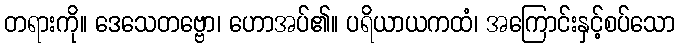
တရားကို။ ဒေသေတဗ္ဗော၊ ဟောအပ်၏။ ပရိယာယကထံ၊ အကြောင်းနှင့်စပ်သော